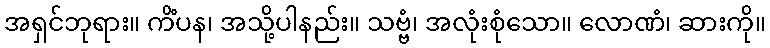
အရှင်ဘုရား။ ကိံပန၊ အသို့ပါနည်း။ သဗ္ဗံ၊ အလုံးစုံသော။ လောဏံ၊ ဆားကို။